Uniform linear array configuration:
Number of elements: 8
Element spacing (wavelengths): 0.25
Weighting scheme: binomial
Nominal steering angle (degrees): -15
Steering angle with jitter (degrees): -16.997
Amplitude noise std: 0.05
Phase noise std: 0.05

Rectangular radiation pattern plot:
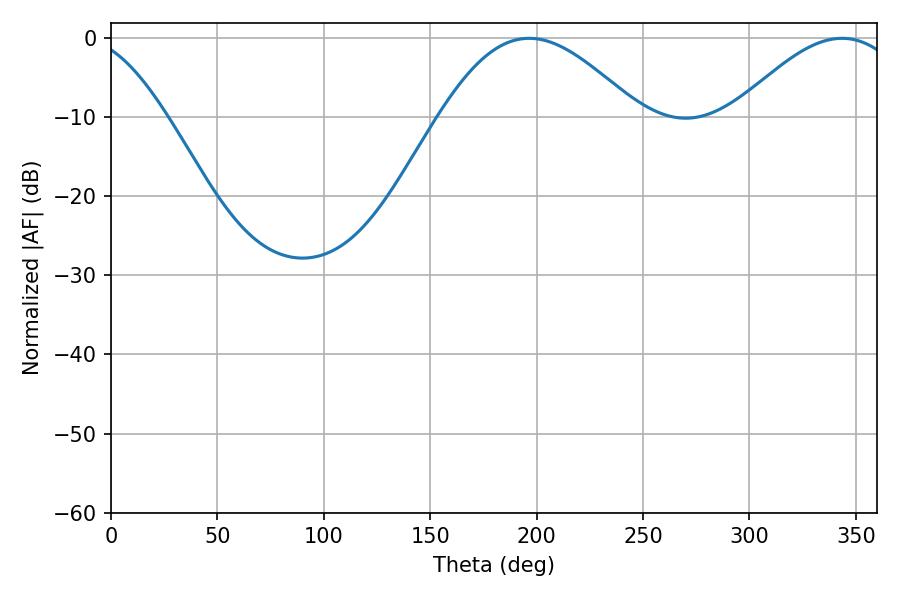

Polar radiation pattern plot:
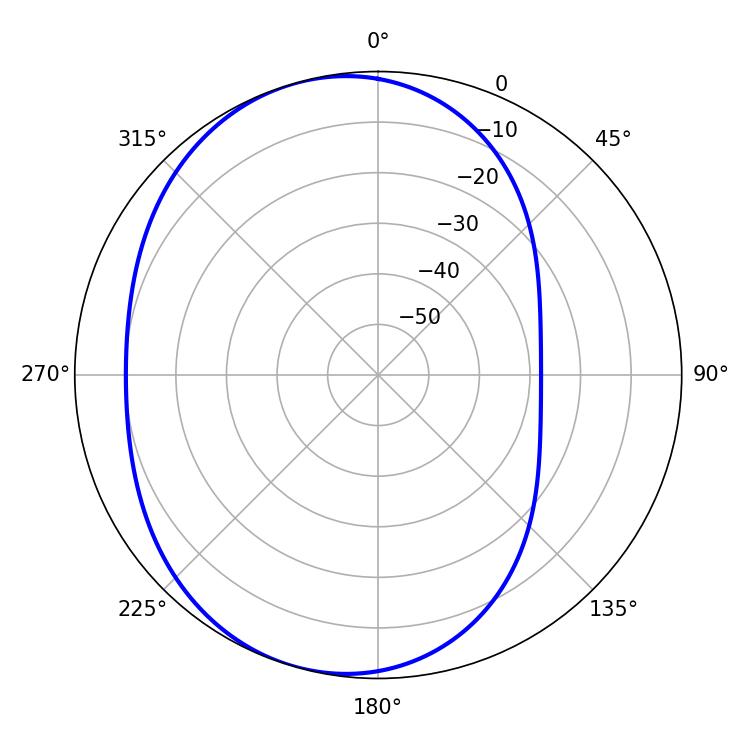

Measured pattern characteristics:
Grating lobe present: FALSE
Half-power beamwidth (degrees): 50.22
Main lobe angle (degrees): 196.56